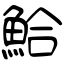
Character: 鮯